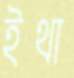
ইথা